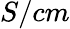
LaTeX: S/cm